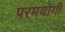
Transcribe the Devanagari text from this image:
परमयोगी